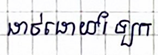
ដាច់ដោយឡែក